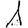
Digit: 1